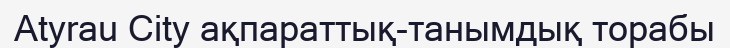
Atyrau City ақпараттық-танымдық торабы